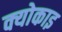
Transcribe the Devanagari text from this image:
क्योकाइ